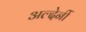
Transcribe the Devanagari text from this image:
अल्देर्नी